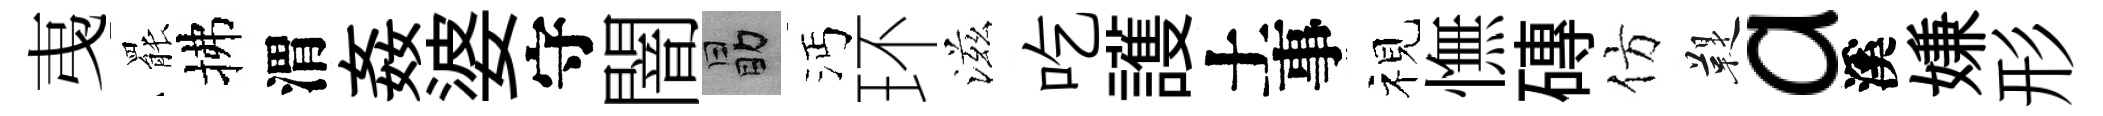
𢎯罷拂渭姦婆守闇勗沔环滋吃護土事视憮磚仿鞮a溪嫌形